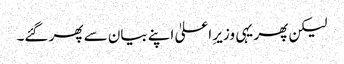
لیکن پھر یہی وزیرِ اعلیٰ اپنے بیان سے پھر گئے۔